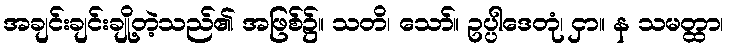
အချင်းချင်းချို့တဲ့သည်၏ အဖြစ်၌။ သတိ၊ သော်။ ဥပ္ပါဒေတုံ၊ ငှာ။ န သမတ္ထာ၊